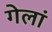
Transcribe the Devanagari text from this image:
गेलां